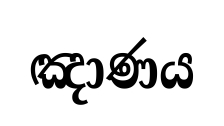
ඤාණය